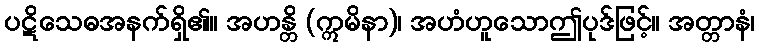
ပဋိသေဓအနက်ရှိ၏။ အဟန္တိ (ဣမိနာ)၊ အဟံဟူသောဤပုဒ်ဖြင့်။ အတ္တာနံ၊